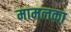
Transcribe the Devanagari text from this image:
मामलका